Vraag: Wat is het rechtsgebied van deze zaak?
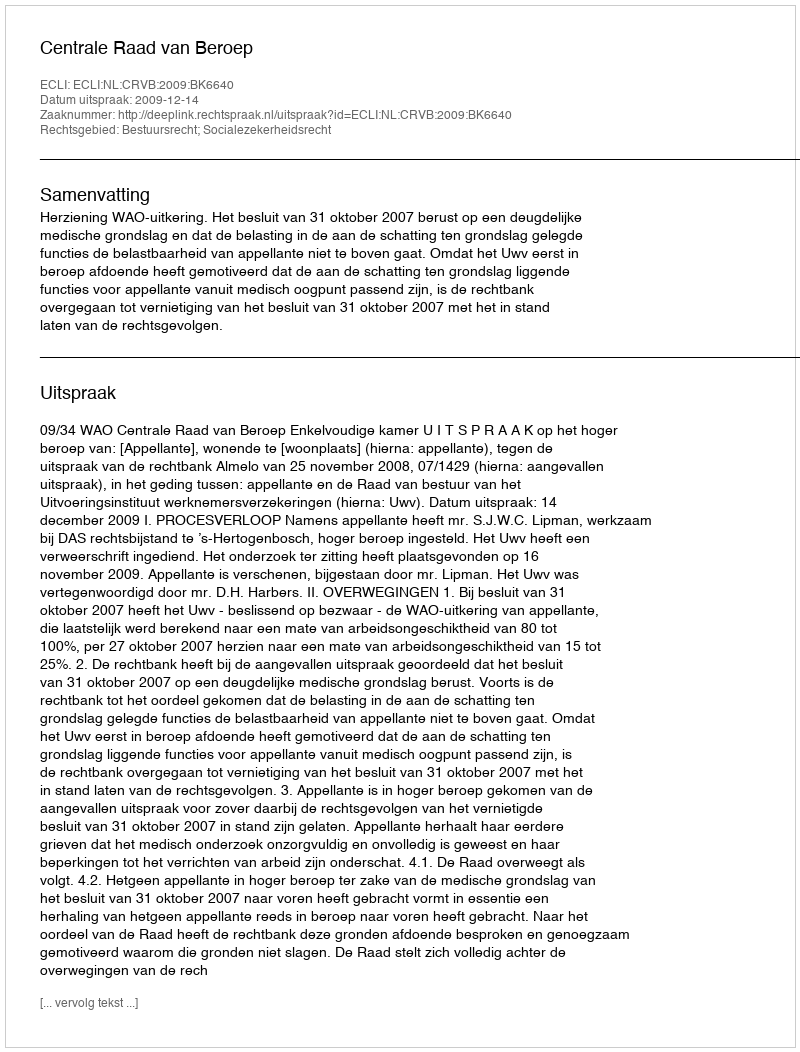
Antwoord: Bestuursrecht; Socialezekerheidsrecht